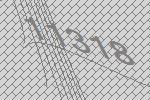
11318